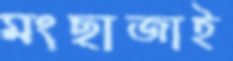
মংছাজাই